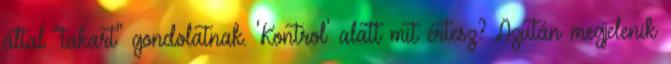
által "takart" gondolatnak. 'Kontrol' alatt mit értesz? Azután megjelenik